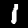
Digit: 1